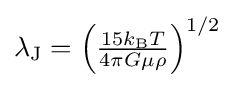
{\textstyle \lambda _{\text{J}}=\left({\frac {15k_{\text{B}}T}{4\pi G\mu \rho }}\right)^{1/2}}